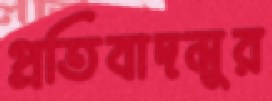
প্রতিবাদমুর